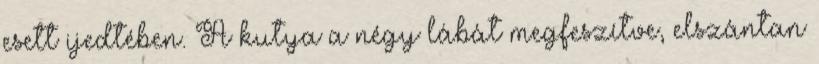
esett ijedtében. A kutya a négy lábát megfeszítve, elszántan